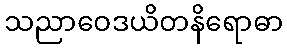
သညာဝေဒယိတနိရောဓာ